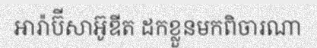
អារ៉ាប៊ីសាអ៊ូឌីត ដកខ្លួនមកពិចារណា